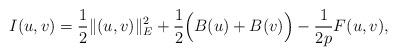
LaTeX: \begin{align*}I(u,v)=\frac{1}{2}\|(u,v)\|_{E}^{2}+\frac{1}{2}\Big(B(u)+B(v)\Big)-\frac{1}{2p}F(u,v),\end{align*}